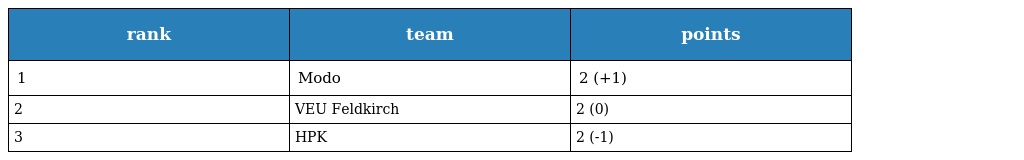
| rank | team | points |
 | --- | --- | --- |
 | 1 | Modo | 2 (+1) |
 | 2 | VEU Feldkirch | 2 (0) |
 | 3 | HPK | 2 (-1) |